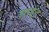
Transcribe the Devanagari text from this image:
ग्राईट